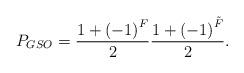
LaTeX: \begin{align*}P_{GSO} = \frac{1 +\left( -1\right)^F}{2} \frac{1 + \left( -1\right)^{\tilde{F}}}{2} .\end{align*}